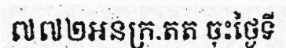
៧៧២អនក្រ.តត ចុះថ្ងៃទី